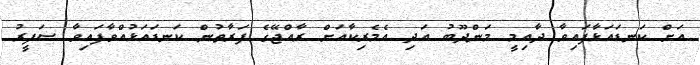
އަށް ކަނޑައަޅާފައިވާ ދާއިމީ މަންދޫބު އަދި އެމެރިކާއަށް ރާއްޖޭގެ ފަރާތުން ކަނޑައަޅުއްވާފައިވާ ސަފީރު